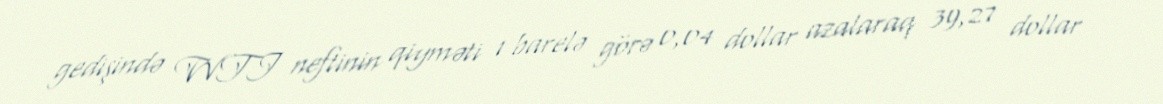
gedişində WTI neftinin qiyməti 1 barelə görə 0,04 dollar azalaraq 39,27 dollar